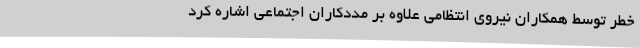
خطر توسط همکاران نیروی انتظامی علاوه بر مددکاران اجتماعی اشاره کرد